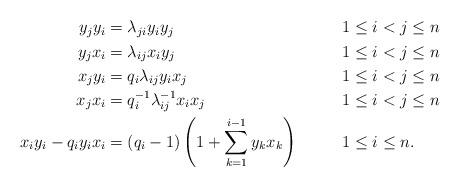
LaTeX: \begin{align*}\begin{aligned}y_jy_i&={\lambda}_{ji}y_iy_j&& 1\leq i<j\leq n\\y_jx_i&={\lambda}_{ij}x_iy_j&&1\leq i<j\leq n\\x_jy_i&={q}_i{\lambda}_{ij}y_ix_j&&1\leq i<j\leq n\\x_jx_i&={q}_{i}^{-1}{\lambda}_{ij}^{-1}x_ix_j&&1\leq i<j\leq n\\x_iy_i-{q}_iy_ix_i&=({q}_i-1)\left(1+\sum_{k=1}^{i-1}y_kx_k\right)&\qquad&1\leq i\leq n.\end{aligned}\end{align*}